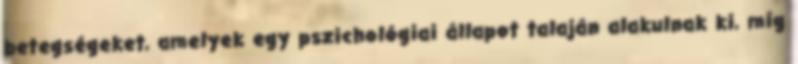
betegségeket, amelyek egy pszichológiai állapot talaján alakulnak ki, míg